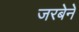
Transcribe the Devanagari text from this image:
जरबेने